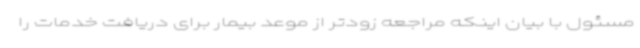
مسئول با بیان اینکه مراجعه زودتر از موعد بیمار برای دریافت خدمات را